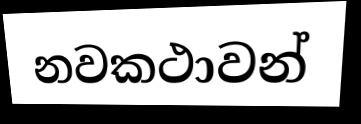
නවකථාවන්